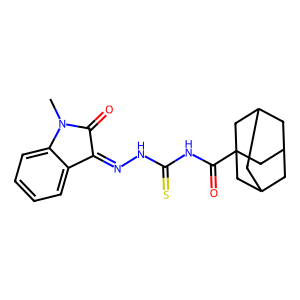
SMILES: CN1C(=O)C(=NNC(=S)NC(=O)C23CC4CC(CC(C4)C2)C3)c2ccccc21
Inhibits HIV replication: No